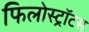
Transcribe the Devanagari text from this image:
फिलोस्ट्रॉटस